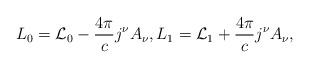
LaTeX: \begin{align*}L_{0}=\mathcal{L}_{0}-\frac{4\pi}{c}j^{\nu}A_{\nu},L_{1}=\mathcal{L}_{1}+\frac{4\pi}{c}j^{\nu}A_{\nu}, \end{align*}